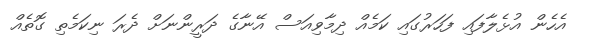
އެހެން އުޅެލާފައި ފަހަރުގައި ކަމެއް ދިމާވިއަސް އޭނާގެ ދަރީންނަށް ދެރަ ނިކަމެތި ގޮތެއް